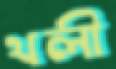
থলী